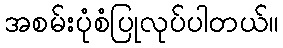
အစမ်းပုံစံပြုလုပ်ပါတယ်။